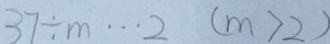
3 7 \div m \cdots 2 ( m > 2 )